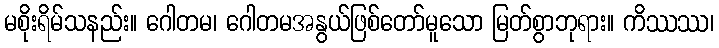
မစိုးရိမ်သနည်း။ ဂေါတမ၊ ဂေါတမအနွယ်ဖြစ်တော်မူသော မြတ်စွာဘုရား။ ကိဿဿ၊